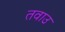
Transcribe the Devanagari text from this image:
तवाउ